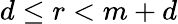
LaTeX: d\leq r<m+d